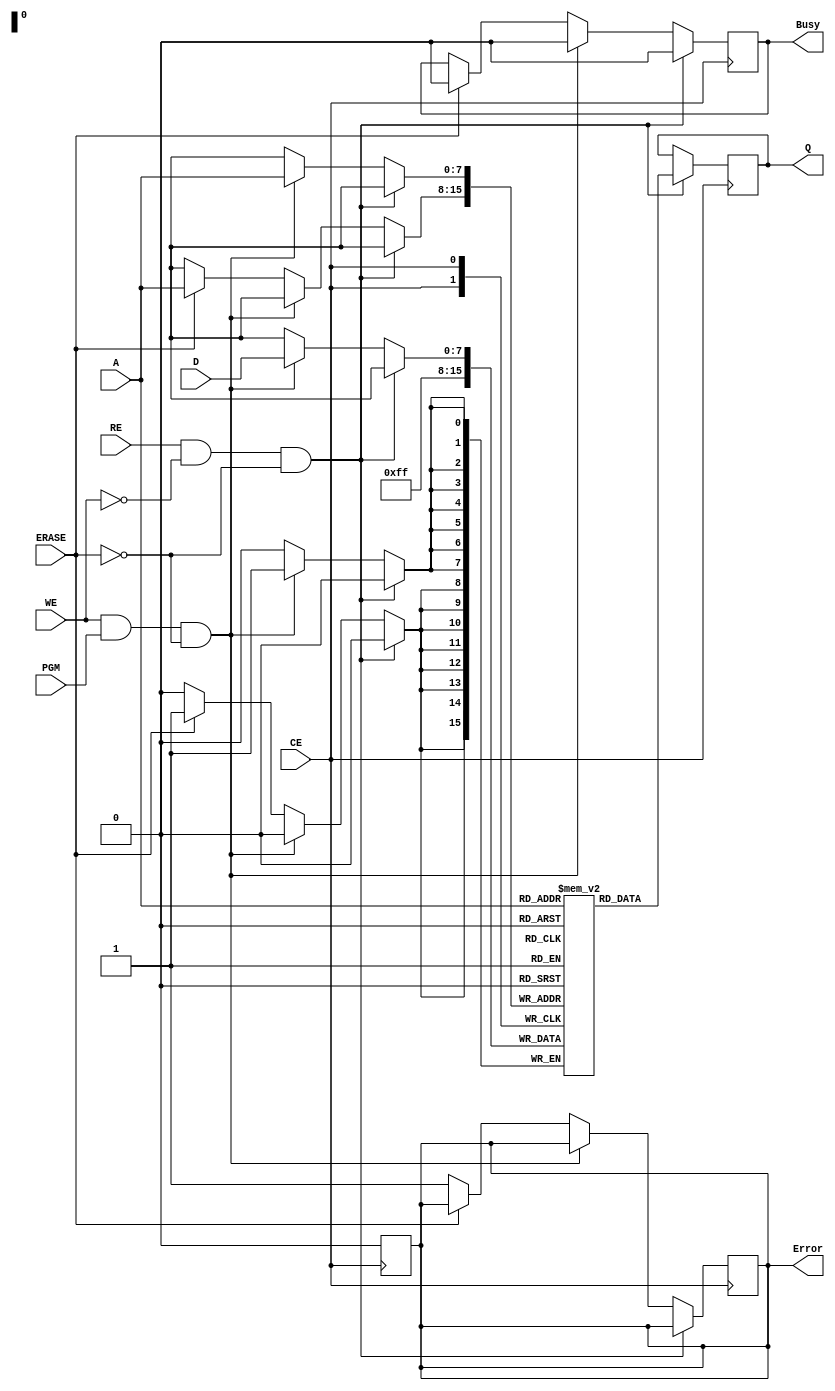
module nor_eeprom_io_block (
    input wire [7:0] D,        // Data input
    input wire [7:0] A,        // Address input
    input wire WE,             // Write Enable
    input wire RE,             // Read Enable
    input wire CE,             // Chip Enable
    input wire PGM,            // Program Signal
    input wire ERASE,          // Erase Signal
    output reg [7:0] Q,        // Data output
    output reg Busy,           // Busy signal
    output reg Error           // Error signal
);

    // Memory array (for simplicity, using a small array)
    reg [7:0] memory_array [0:255]; // 256 x 8-bit memory

    // Internal states
    reg writing;                // Indicates a writing operation
    reg erasing;               // Indicates an erasing operation

    // State machine for operation management
    always @(posedge CE) begin
        if (RE && !WE && !ERASE) begin
            // Read operation
            Busy <= 1;
            Q <= memory_array[A]; // Read data from memory
            Busy <= 0; // Operation complete
        end else if (WE && PGM && !ERASE) begin
            // Write operation
            writing <= 1;
            Busy <= 1;
            memory_array[A] <= D; // Write data to memory
            writing <= 0;
            Busy <= 0; // Operation complete
        end else if (ERASE) begin
            // Erase operation
            erasing <= 1;
            Busy <= 1;
            memory_array[A] <= 8'b11111111; // Set memory to default (all '1's)
            erasing <= 0;
            Busy <= 0; // Operation complete
        end else begin
            // If no valid operation, set error
            Error <= 1; // Indicate error condition
        end
    end

    // Reset error condition when operations are done
    always @(negedge CE) begin
        Error <= 0;
    end

endmodule